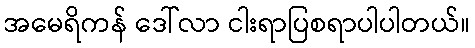
အမေရိကန် ဒေါ်လာ ငါးရာပြစရာပါပါတယ်။